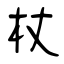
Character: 杖